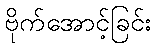
ဗိုက်အောင့်ခြင်း